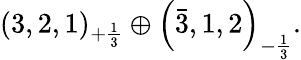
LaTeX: (3,2,1)_{+{\frac{1}{3}}}\oplus\left({\bar{3}},1,2\right)_{-{\frac{1}{3}}}.